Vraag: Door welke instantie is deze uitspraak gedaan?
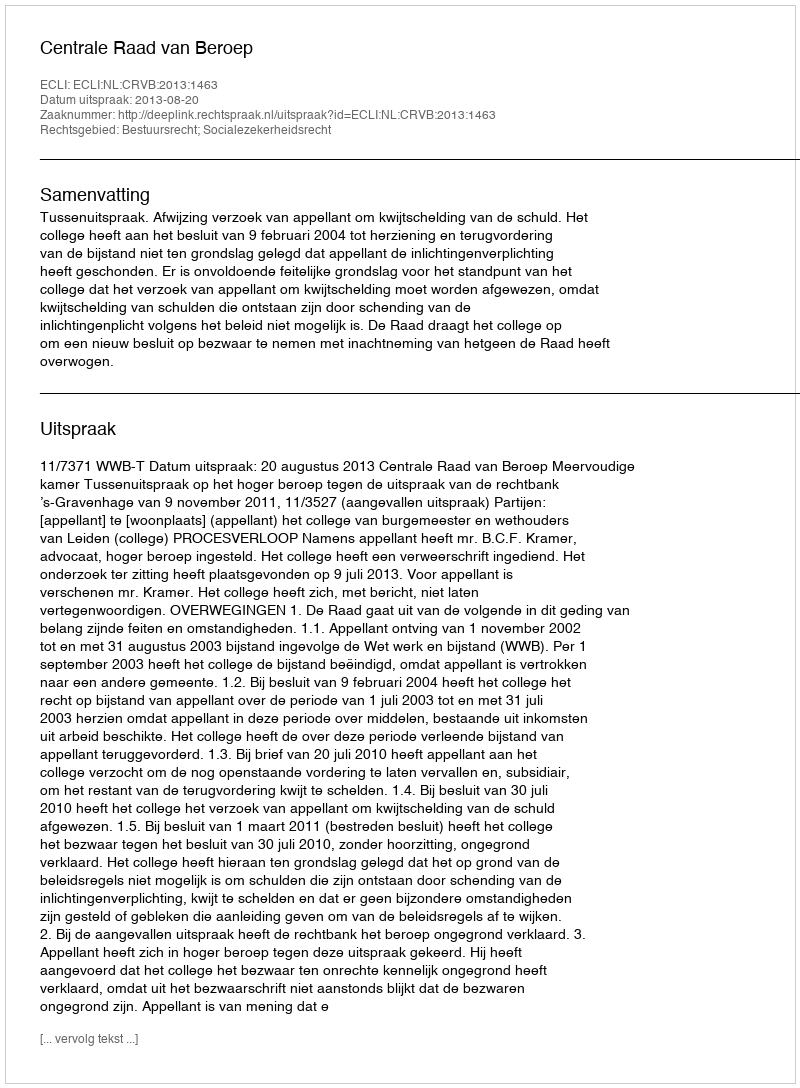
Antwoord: Centrale Raad van Beroep